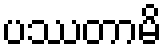
ပဿတာမိ